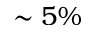
\sim 5 \%